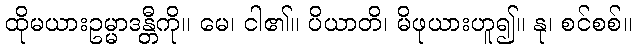
ထိုမယားဥမ္မာဒန္တီကို။ မေ၊ ငါ၏။ ပိယာတိ၊ မိဖုယားဟူ၍။ နု၊ စင်စစ်။